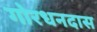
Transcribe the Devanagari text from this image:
गोरधनदास